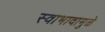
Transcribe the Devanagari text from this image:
स्वाभावामुळे